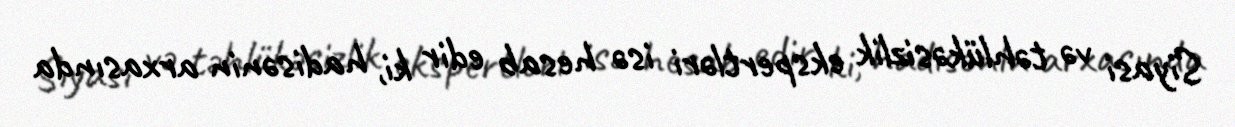
Siyasi və təhlükəsizlik ekspertləri isə hesab edir ki, hadisənin arxasında